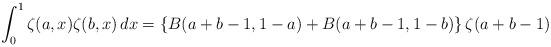
LaTeX: \begin{align*}\int_0^1\zeta(a,x)\zeta(b,x)\,dx=\left\{B(a+b-1,1-a)+B(a+b-1,1-b)\right\}\zeta(a+b-1)\end{align*}%\end{align*}